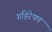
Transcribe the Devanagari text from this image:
गहिरेपण